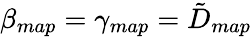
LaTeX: \beta_{map}=\gamma_{map}=\tilde{D}_{map}